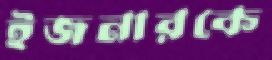
ইজনারকে